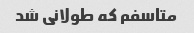
متاسفم که طولانی شد